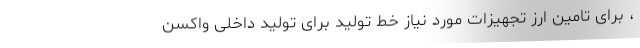
، برای تامین ارز تجهیزات مورد نیاز خط تولید برای تولید داخلی واکسن